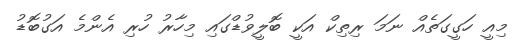
މިއީ ހަގީގަތެއް ނަމަ ރިތިކް އަކީ ބޮލީވުޑްގައި މިހާރު ހުރި އެންމެ އަގުބޮޑު